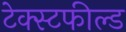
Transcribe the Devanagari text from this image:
टेक्स्टफील्ड